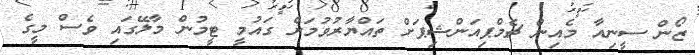
ޒޯން ސީނިއާ މެއިން ޗެމްޕިއަންޝިޕަށް ތައްޔާރުވުމަށް ގައުމީ ޓީމުން މާލޭގައި ވެސް މީގެ